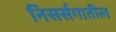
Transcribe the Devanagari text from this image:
निसर्सगातील